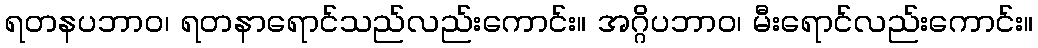
ရတနပဘာဝ၊ ရတနာရောင်သည်လည်းကောင်း။ အဂ္ဂိပဘာဝ၊ မီးရောင်လည်းကောင်း။